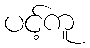
ပင့်ကူ